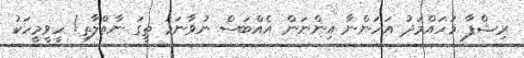
ރިޝްފާ މުހައްމަދު އަހަންނާ އިންނަން އެއްބަސް ނުވާނަމަ ތީގަ ނާތްލާތި! ހީވީމީހަކު